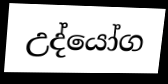
උද්යෝග